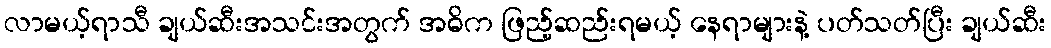
လာမယ့်ရာသီ ချယ်ဆီးအသင်းအတွက် အဓိက ဖြည့်ဆည်းရမယ့် နေရာများနဲ့ ပတ်သတ်ပြီး ချယ်ဆီး